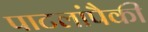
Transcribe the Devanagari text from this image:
पाटलांपैकी